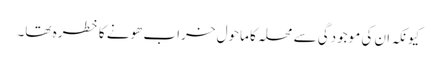
کیونکہ ان کی موجودگی سے محلہ کا ماحول خراب ھونے کا خطرہ تھا۔